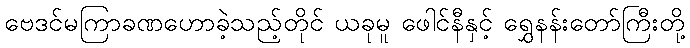
ဗေဒင်မကြာခဏဟောခဲ့သည့်တိုင် ယခုမူ ဖေါင်နီနှင့် ရွှေနန်းတော်ကြီးတို့